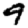
Digit: 9